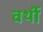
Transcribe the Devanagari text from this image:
वर्थी